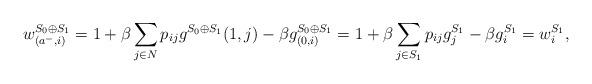
LaTeX: \begin{align*}w^{S_0 \oplus S_1}_{(a^-, i)} & = 1 + \beta \sum_{j \in N} p_{ij} g^{S_0 \oplus S_1}(1, j) - \beta g^{S_0 \oplus S_1}_{(0, i)} = 1 + \beta \sum_{j \in S_1} p_{ij} g^{S_1}_j - \beta g^{S_1}_i = w^{S_1}_i,\end{align*}